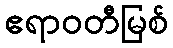
ဧရာဝတီမြစ်